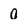
Character: 0